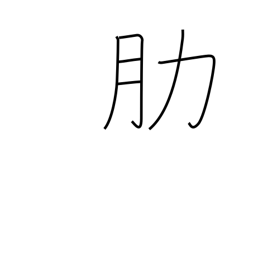
Meaning: rib